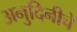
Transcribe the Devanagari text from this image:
अनुदिनीचे